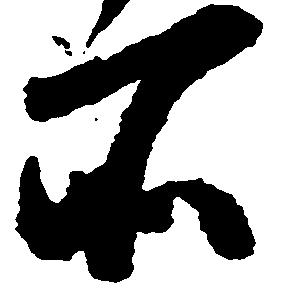
所